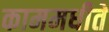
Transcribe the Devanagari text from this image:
काममधीते